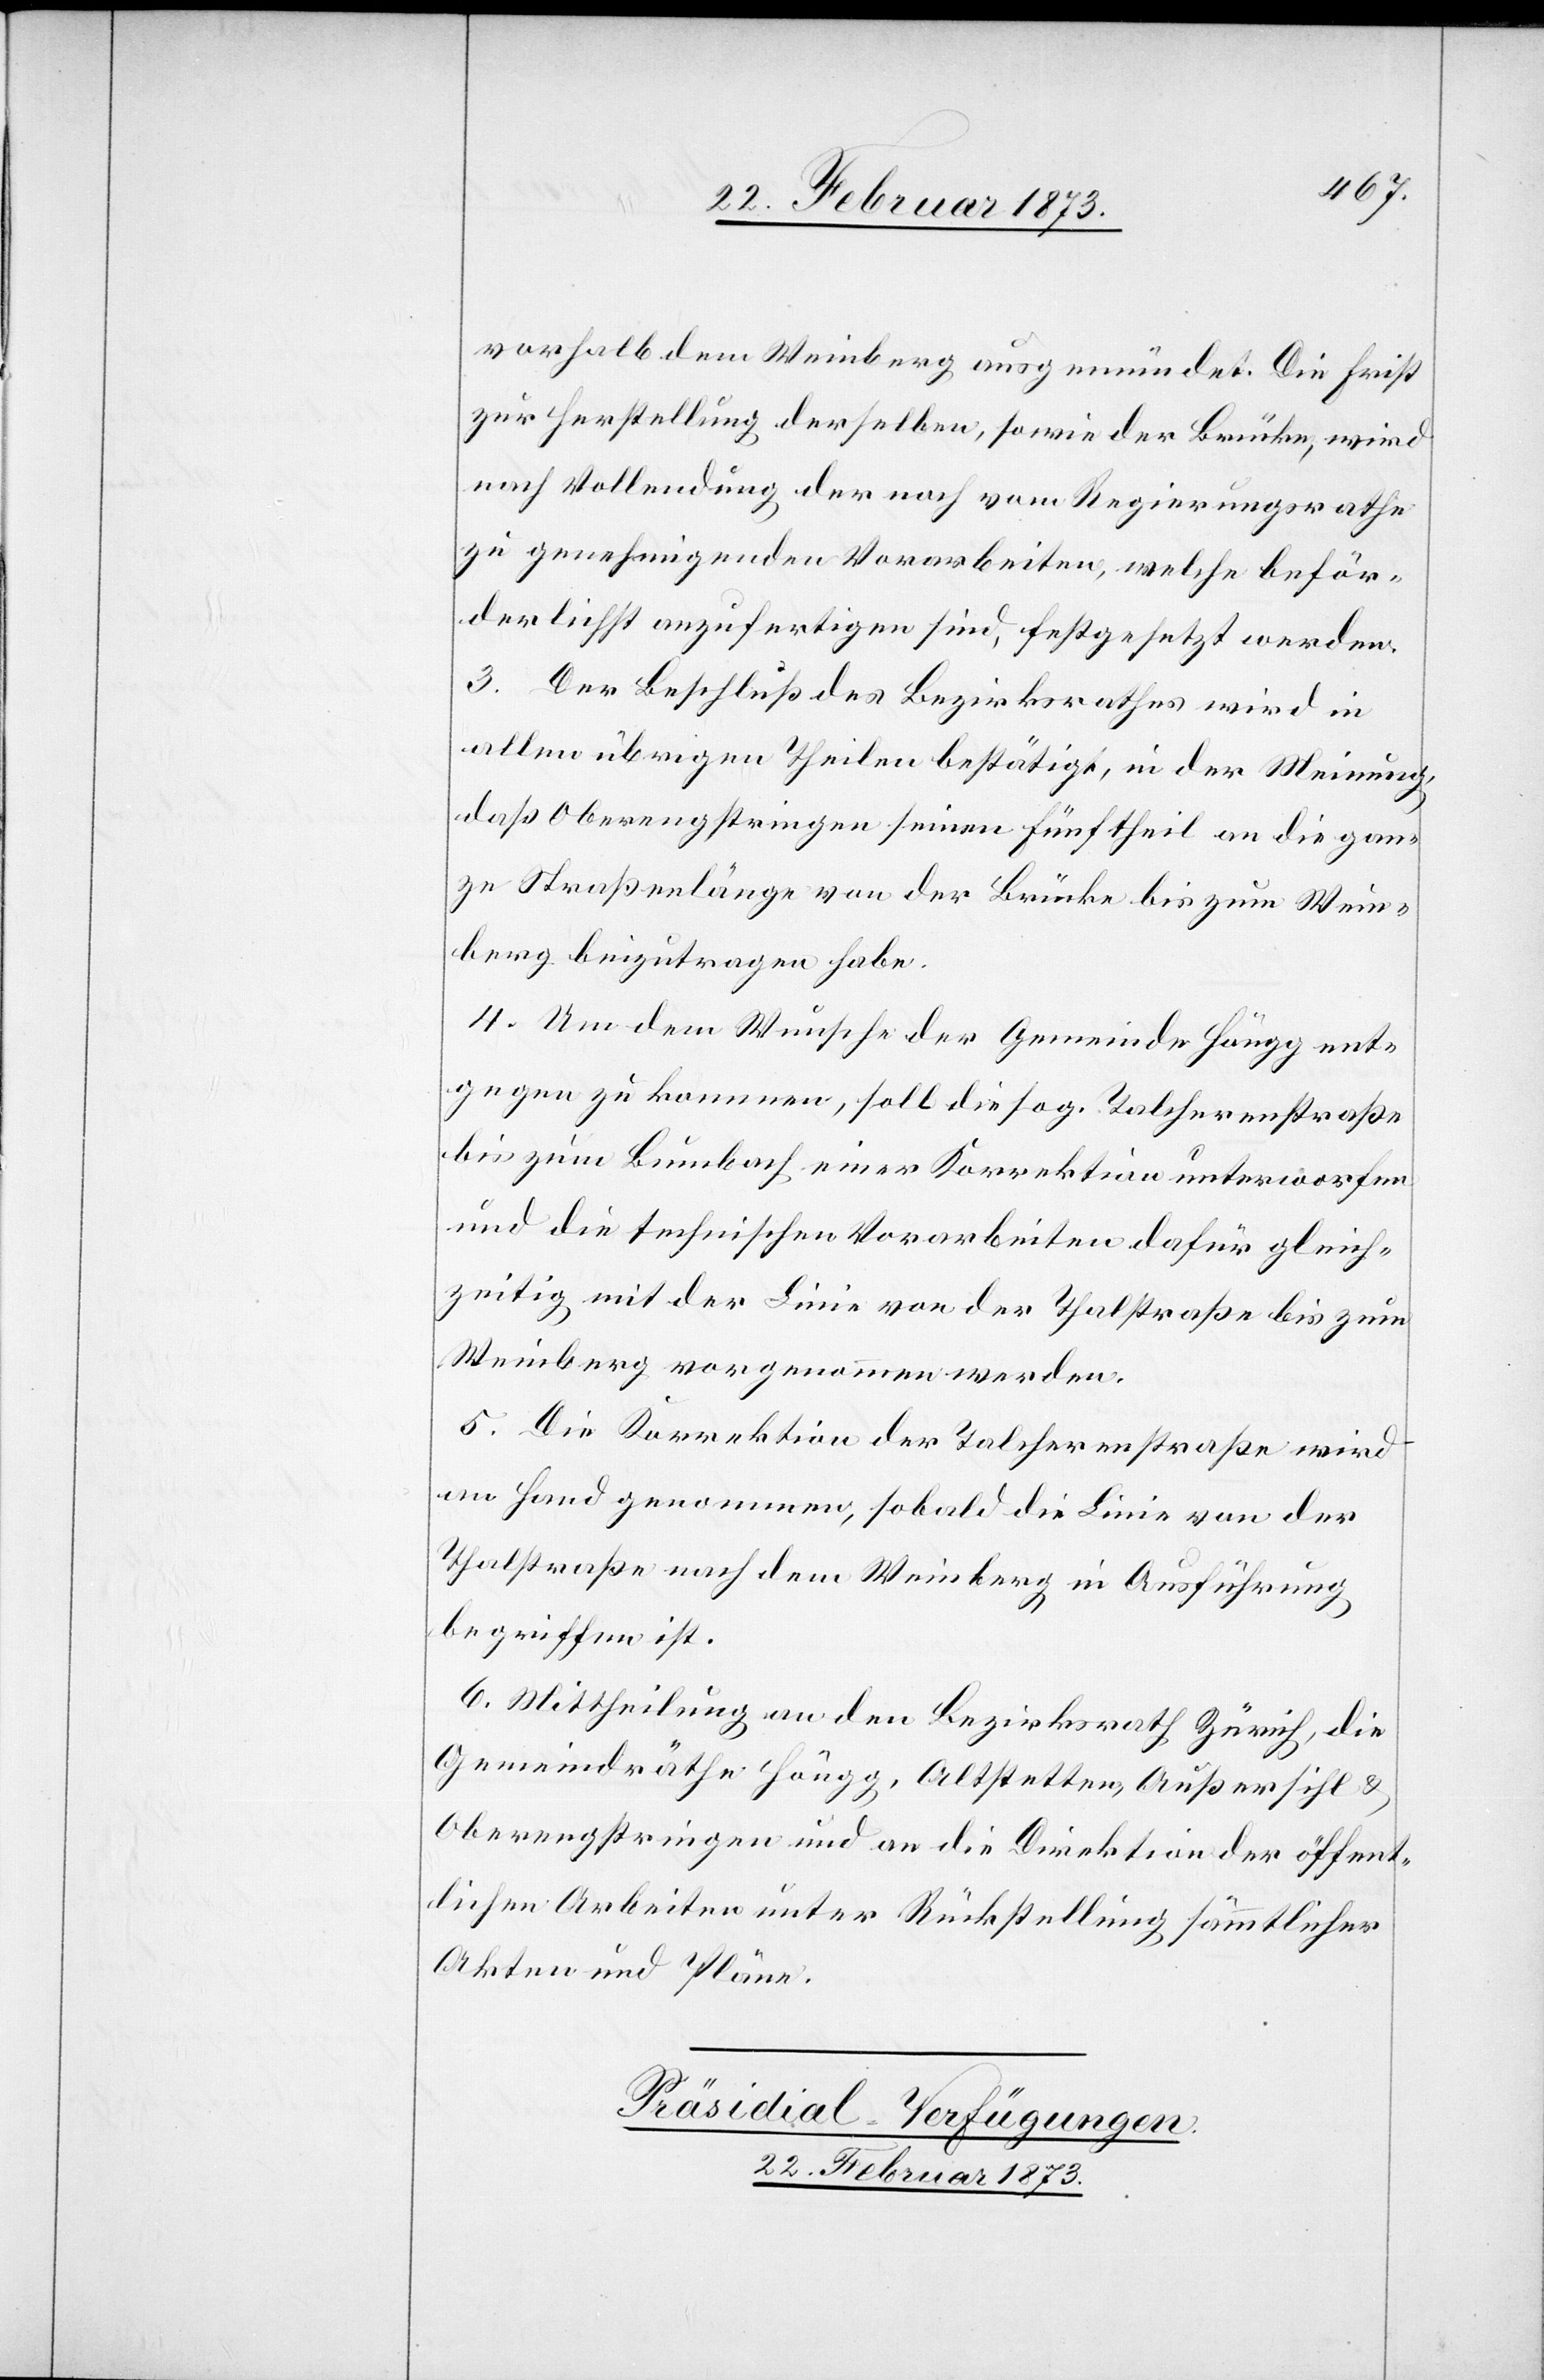
vorhalb dem Weinberg ausgemündet. Die Frist
zur Herstellung derselben, sowie der Brücke, wird
nach Vollendung der noch vom Regierungsrathe
zu genehmigenden Vorarbeiten, welche beför¬
derlichst anzufertigen sind, festgesetzt werden.
3. Der Beschluß des Bezirksrathes wird in
allen übrigen Theilen bestätigt, in der Meinung,
daß Oberengstringen seinen Fünftheil an die gan¬
ze Straßenlänge von der Brücke bis zum Wein¬
berg beizutragen habe.
4. Um dem Wunsche der Gemeinde Höngg ent¬
gegen zu kommen, soll die sog. Talcherenstraße
bis zum Bumbach einer Korrektion unterworfen
und die technischen Vorarbeiten dafür gleich¬
zeitig mit der Linie von der Thalstraße bis zum
Weinberg vorgenommen werden.
5. Die Direktion der Talcherenstraße wird
an Hand genommen, sobald die Linie von der
Thalstraße nach dem Weinberg in Ausführung
begriffen ist.
6. Mittheilung an den Bezirksrath Zürich, die
Gemeindräthe Höngg, Altstetten, Außersihl u.
Oberengstringen und an die Direktion der öffent¬
lichen Arbeiten unter Rückstellung sämmtlicher
Akten und Pläne.
Präsidial-Verfügungen.
22. Februar 1873.